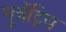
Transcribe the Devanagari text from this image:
मूत्रेंद्रिय